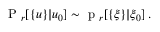
\mathrm { ~ P ~ } _ { r } [ \{ u \} | u _ { 0 } ] \sim \mathrm { ~ p ~ } _ { r } [ \{ \xi \} | \xi _ { 0 } ] \, .